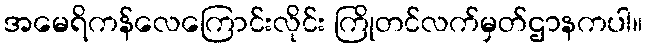
အမေရိကန်လေကြောင်းလိုင်း ကြိုတင်လက်မှတ်ဌာနကပါ။